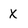
Character: x